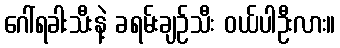
ဂေါ်ရခါးသီးနဲ့ ခရမ်းချဉ်သီး ဝယ်ပါဦးလား။